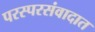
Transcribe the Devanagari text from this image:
परस्परसंवादात